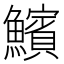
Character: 𩼧